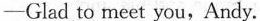
-Glad to meet you,Andy.